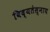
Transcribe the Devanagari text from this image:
विद्यतेस्नाय